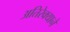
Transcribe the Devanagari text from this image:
अतिरेक्याने